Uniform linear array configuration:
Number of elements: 64
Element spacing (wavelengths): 0.5
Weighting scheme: hann
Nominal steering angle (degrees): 45
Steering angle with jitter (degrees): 46.153
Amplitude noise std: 0.05
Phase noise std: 0.05

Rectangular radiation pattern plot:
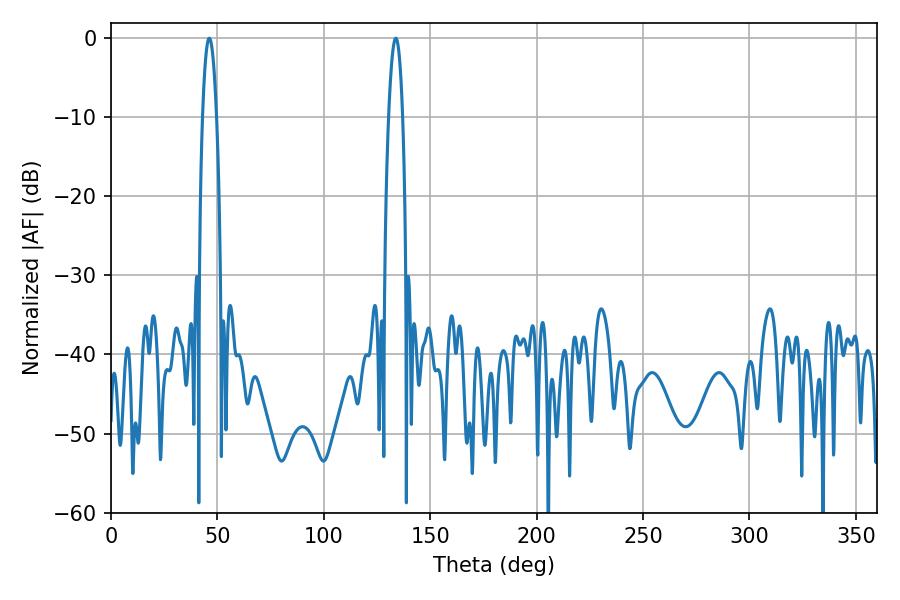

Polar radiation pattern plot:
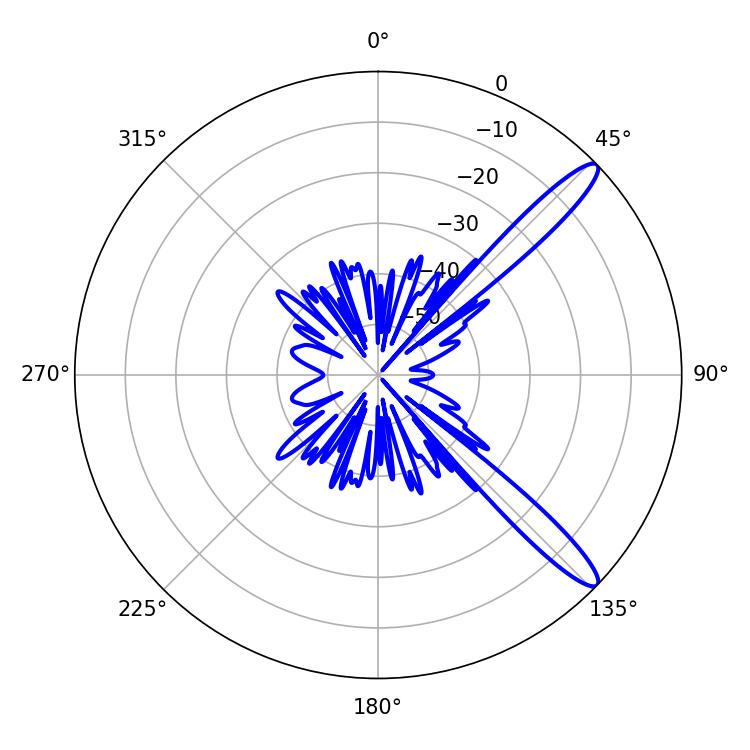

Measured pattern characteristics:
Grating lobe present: FALSE
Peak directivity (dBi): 13.029
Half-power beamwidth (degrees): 3.6
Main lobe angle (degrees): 46.26